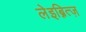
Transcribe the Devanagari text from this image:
लेइब्नित्ज़